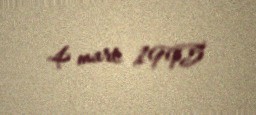
4 mart 1995